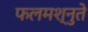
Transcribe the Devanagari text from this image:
फलमश्नुते